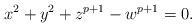
LaTeX: \begin{align*}x^2 + y^2 + z^{p+1} - w^{p+1}=0.\end{align*}